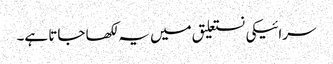
سرائیکی نستعلیق میں یہ لکھا جاتا ہے۔